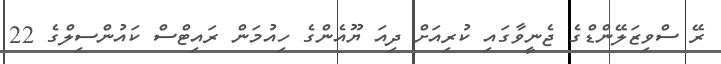
ރޭ ސްވިޒަލޭންޑްގެ ޖެނީވާގައި ކުރިއަށް ދިއަ ޔޫއެންގެ ހިއުމަން ރައިޓްސް ކައުންސިލްގެ 22